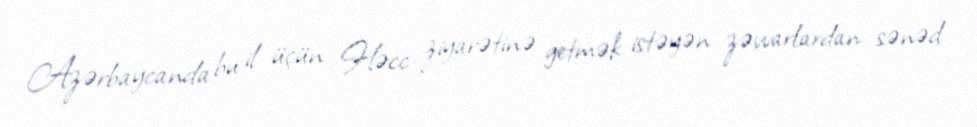
Azərbaycanda bu il üçün Həcc ziyarətinə getmək istəyən zəvvarlardan sənəd